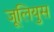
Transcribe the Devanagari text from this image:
जूलियुस